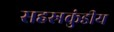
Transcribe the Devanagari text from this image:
सहस्रकुंडीय